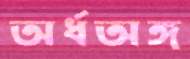
অর্ধঅঙ্গ